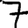
Digit: 7